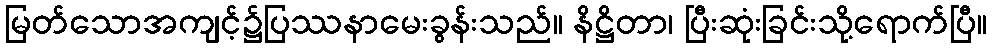
မြတ်သောအကျင့်၌ပြဿနာမေးခွန်းသည်။ နိဋ္ဌိတာ၊ ပြီးဆုံးခြင်းသို့ရောက်ပြီ။